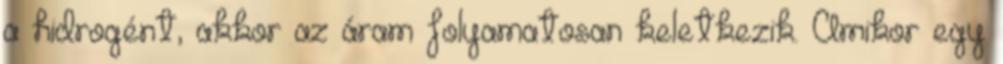
a hidrogént, akkor az áram folyamatosan keletkezik. Amikor egy